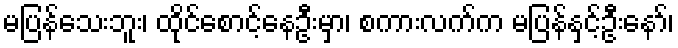
မပြန်သေးဘူး၊ ထိုင်စောင့်နေဦးမှာ၊ စကားလက်က မပြန်နှင့်ဦးနော်၊